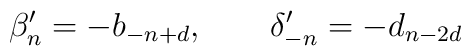
\beta'_n =-b_{-n+d},\qquad \delta'_{-n} = -d_{n-2d}